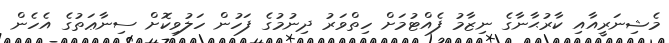
މެޝިނަރީއާއި ކާރުޙާނާގެ ނިޒާމު ފެއްޓުމަށް ހިތްވަރު ދިނުމުގެ ފަހުން ހަލުވިކޮށް ސިނާޢަތުގެ އެހެން